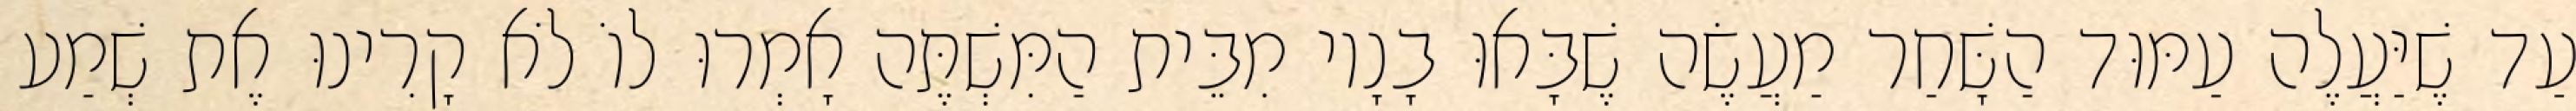
עַד שֶׁיַּעֲלֶה עַמּוּד הַשָּׁחַר מַעֲשֶׂה שֶׁבָּאוּ בָנָיו מִבֵּית הַמִּשְׁתֶּה אָמְרוּ לוֹ לֹא קָרִינוּ אֶת שְׁמַע